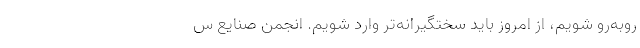
روبه‌رو شویم، از امروز باید سختگیرانه‌تر وارد شویم. انجمن صنایع س